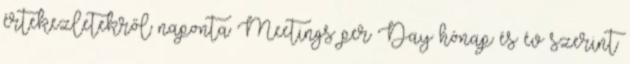
értekezletekről naponta Meetings per Day hónap és év szerint